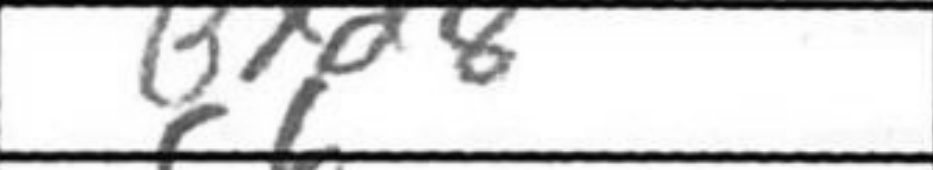
Transcription: Bxd8